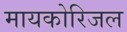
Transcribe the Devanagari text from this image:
मायकोरिजल